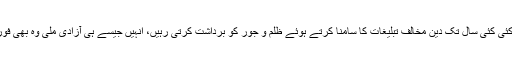
یہاں تک کہ وہ قومیں جو کئی کئی سال تک دین مخالف تبلیغات کا سامنا کرتے ہوئے ظلم و جور کو برداشت کرتی رہیں، انہیں جیسے ہی آزادی ملی وہ بھی فوراً دین کی طرف پلٹ گئیں۔